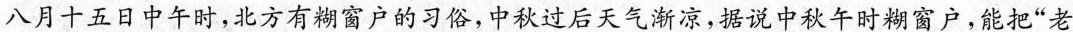
八月十五日中午时，北方有糊窗户的习俗，中秋过后天气渐凉，据说中秋午时糊窗户，能把”老